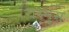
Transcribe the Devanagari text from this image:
रास्मुस